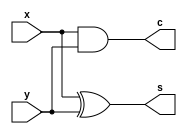
module half_adder (
  input  x, y,
  output s, c
);

  xor (s, x, y);
  and (c, x, y);

endmodule

module full_adder_v2 (
  input  x, y, c_in,
  output s, c_out
);

  half_adder ha1 (.x(x),    .y(y),       .s(x_xor_y), .c(x_and_y));
  half_adder ha2 (.x(c_in), .y(x_xor_y), .s(s),       .c(ha_2_result));

  or (c_out, x_and_y, ha_2_result);
  
endmodule